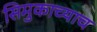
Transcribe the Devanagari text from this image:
सिमुकाच्याच